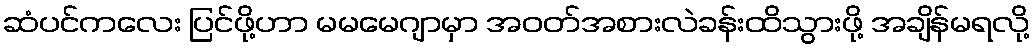
ဆံပင်ကလေး ပြင်ဖို့ဟာ မမမေဂျာမှာ အဝတ်အစားလဲခန်းထိသွားဖို့ အချိန်မရလို့